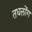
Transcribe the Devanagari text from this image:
तधलोंग